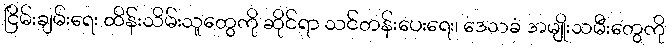
ငြိမ်းချမ်းရေး ထိန်းသိမ်းသူတွေကို ဆိုင်ရာ သင်တန်းပေးရေး၊ ဒေသခံ အမျိုးသမီးတွေကို